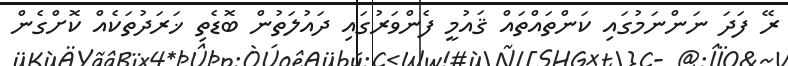
ރޭ ފަދަ ނަންނަމުގައި ކަންތައްތައް ޤައުމީ ފެންވަރުގައި ދައުލަތުން ބޮޑެތި ޚަރަދުތަކެއް ކޮށްގެން